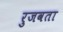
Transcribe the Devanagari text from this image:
रुजवता